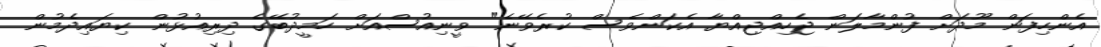
އެންހިފަން މޫދަށް ފުންމާލަން ޖެހިއްޖިއްޔާ އެކަންވެސް ކުރެވޭނެ" ވީނިއުސްއަށް ހަމީދުބޭގެ ދިރިއުޅުން ކިޔައިދެމުން